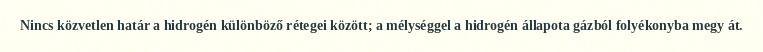
Nincs közvetlen határ a hidrogén különböző rétegei között; a mélységgel a hidrogén állapota gázból folyékonyba megy át.